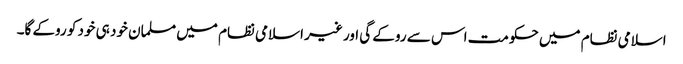
اسلامی نظام میں حکومت اس سے روکے گی اور غیر اسلامی نظام میں مسلمان خود ہی خود کو روکے گا۔